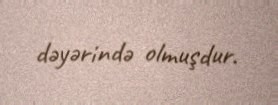
dəyərində olmuşdur.